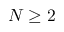
N \geq 2